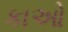
કાઓ